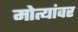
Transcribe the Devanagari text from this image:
मोत्यांवर